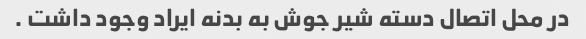
در محل اتصال دسته شیر جوش به بدنه ایراد وجود داشت .